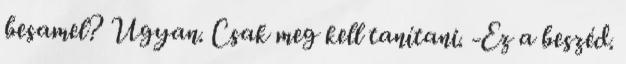
besamel? Ugyan. Csak meg kell tanítani. -Ez a beszéd.